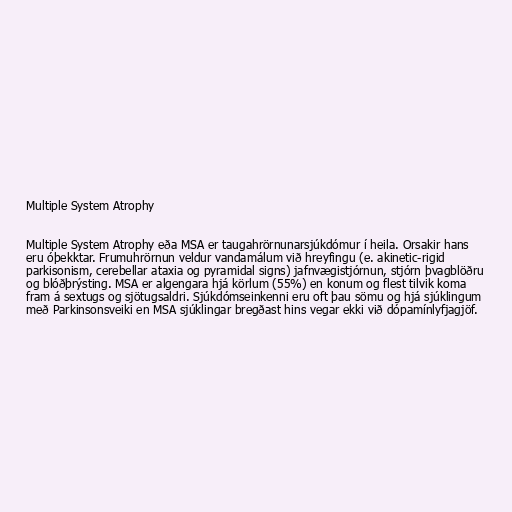
Multiple System Atrophy

Multiple System Atrophy eða MSA er taugahrörnunarsjúkdómur í heila. Orsakir hans
eru óþekktar. Frumuhrörnun veldur vandamálum við hreyfingu (e. akinetic-rigid
parkisonism, cerebellar ataxia og pyramidal signs) jafnvægistjórnun, stjórn þvagblöðru
og blóðþrýsting. MSA er algengara hjá körlum (55%) en konum og flest tilvik koma
fram á sextugs og sjötugsaldri. Sjúkdómseinkenni eru oft þau sömu og hjá sjúklingum
með Parkinsonsveiki en MSA sjúklingar bregðast hins vegar ekki við dópamínlyfjagjöf.